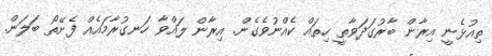
ތިއުޅެނީ އިރާން ބާރުގަދަވާތީ ހިތައް ކެއްނުވެގެން. އިރާން ލައްވާ ހަނގުރާމައެއް ފެށޭތޯ ބަލަން.